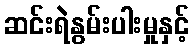
ဆင်းရဲနွမ်းပါးမှုနှင့်